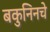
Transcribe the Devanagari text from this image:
बकुनिनचे